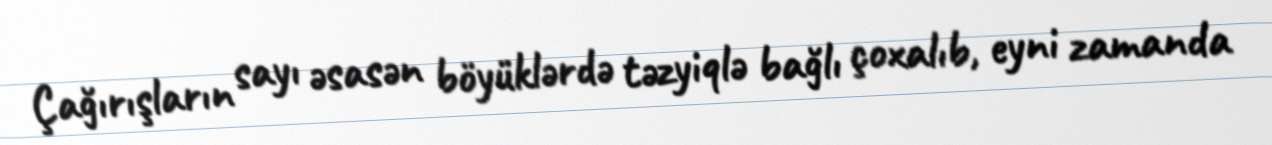
Çağırışların sayı əsasən böyüklərdə təzyiqlə bağlı çoxalıb, eyni zamanda